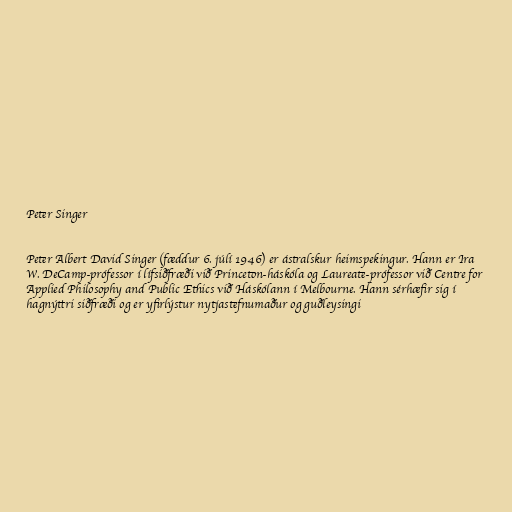
Peter Singer

Peter Albert David Singer (fæddur 6. júlí 1946) er ástralskur heimspekingur. Hann er Ira
W. DeCamp-prófessor í lífsiðfræði við Princeton-háskóla og Laureate-prófessor við Centre for
Applied Philosophy and Public Ethics við Háskólann í Melbourne. Hann sérhæfir sig í
hagnýttri siðfræði og er yfirlýstur nytjastefnumaður og guðleysingi